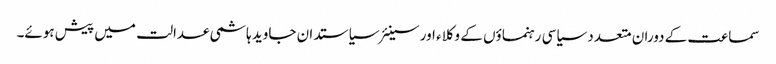
سماعت کے دوران متعدد سیاسی رہنماؤں کے وکلاء اور سینئر سیاستدان جاوید ہاشمی عدالت میں پیش ہوئے۔